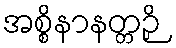
အစ္စိနာနတ္တဉှိ